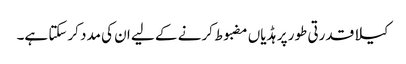
کیلا قدرتی طور پر ہڈیاں مضبوط کرنے کے لیے ان کی مدد کرسکتا ہے۔